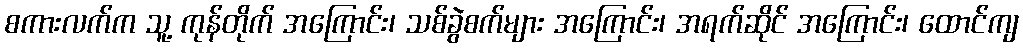
စကားလက်က သူ့ ကုန်တိုက် အကြောင်း၊ သစ်ခွဲစက်များ အကြောင်း၊ အရက်ဆိုင် အကြောင်း၊ ထောင်ကျ